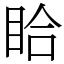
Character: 䀫